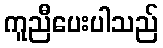
ကူညီပေးပါသည်